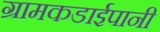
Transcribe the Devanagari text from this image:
ग्रामकडाईपानी